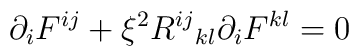
{\partial}_{i}F^{ij}+{\xi}^{2}{R^{ij}}_{kl}{\partial}_{i}F^{kl}=0